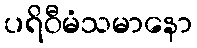
ပရိဝီမံသမာနော